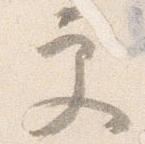
更